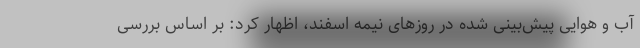
آب و هوایی پیش‌بینی شده در روزهای نیمه اسفند، اظهار کرد: بر اساس بررسی